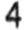
4